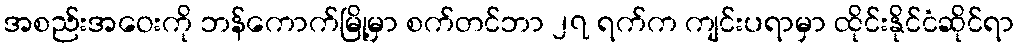
အစည်းအဝေးကို ဘန်ကောက်မြို့မှာ စက်တင်ဘာ ၂၇ ရက်က ကျင်းပရာမှာ ထိုင်းနိုင်ငံဆိုင်ရာ